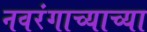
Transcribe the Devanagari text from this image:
नवरंगाच्याच्या